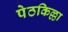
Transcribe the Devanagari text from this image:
पेठकिल्ला